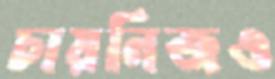
চায়নিজও